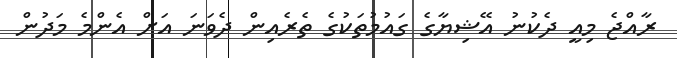
ރާއްޖެ މިއީ ދެކުނު އޭޝިޔާގެ ގައުމުތަކުގެ ތެރެއިން ދެވަނަ އަށް އެންމެ މަދުން